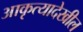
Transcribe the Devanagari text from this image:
आकृत्यादेखील